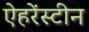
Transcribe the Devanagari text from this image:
ऐहरेंस्टीन